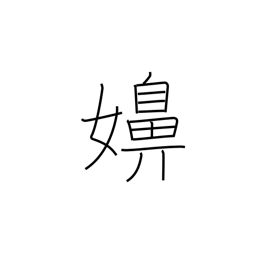
Meaning: wife (vulg)